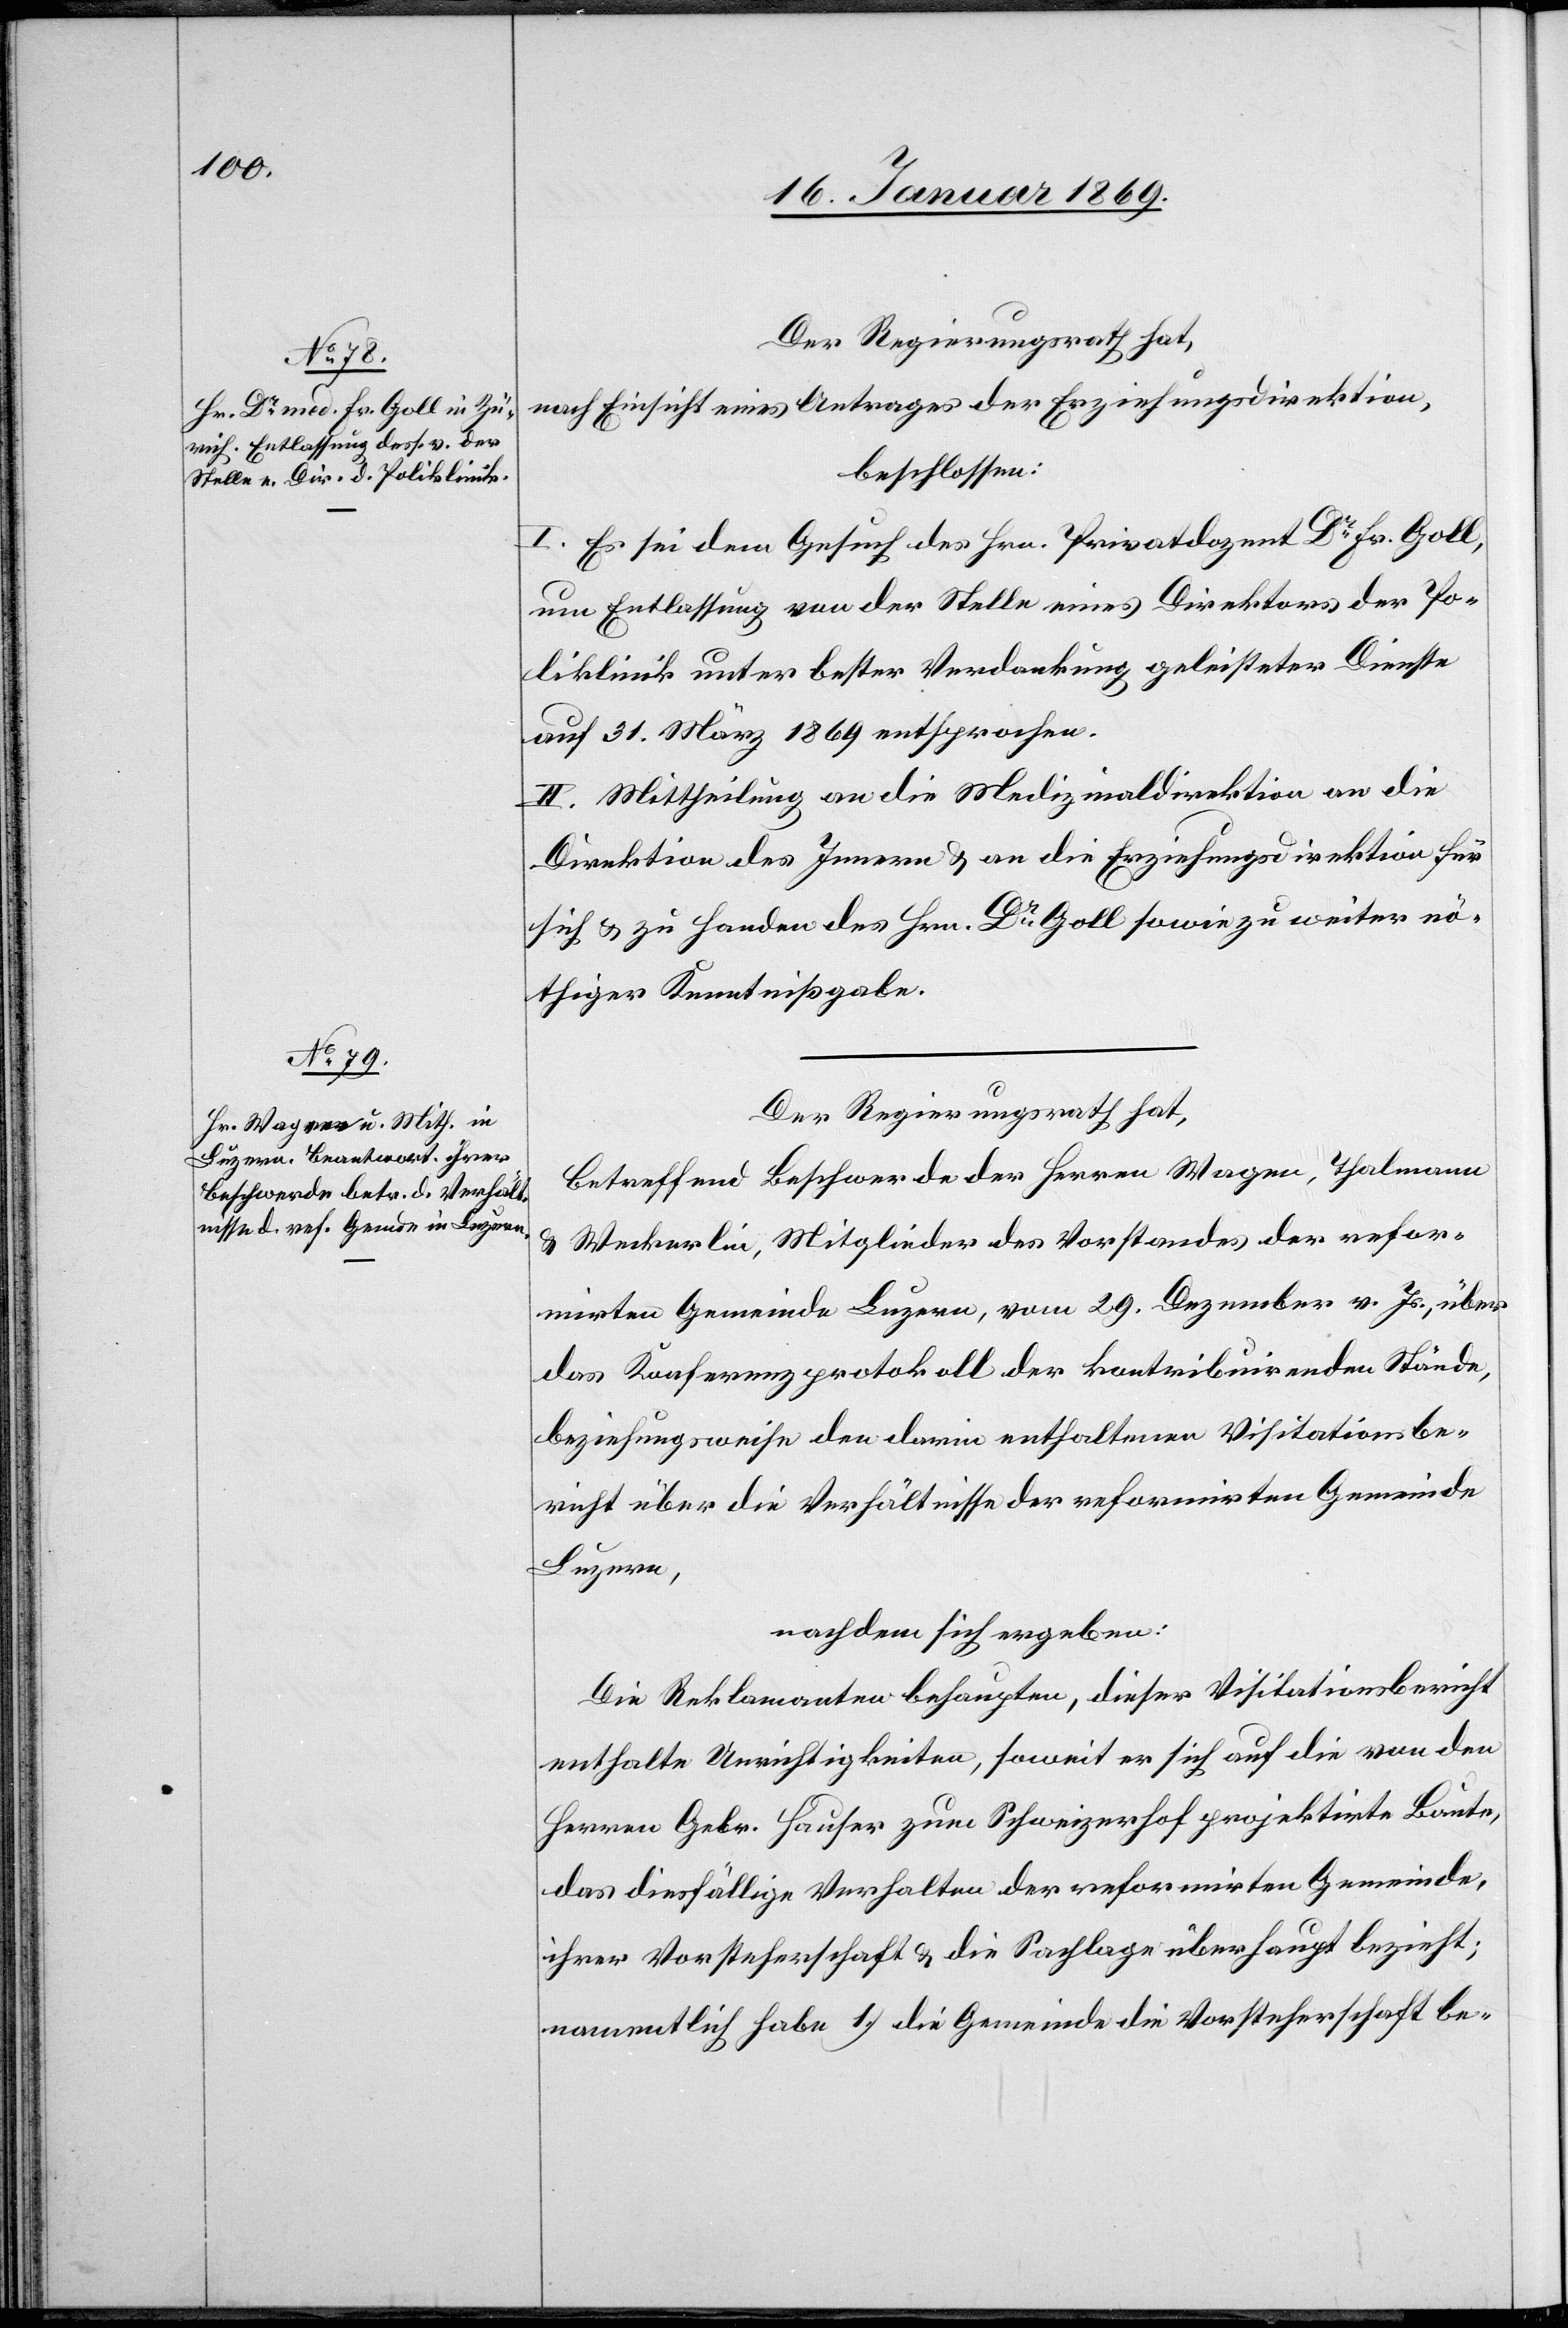
Der Regierungsrath,
nach Einsicht eines Antrages der Erziehungsdirektion,
beschlossen:
I. Es sei dem Gesuch des Hrn. Privatdozent Dr Fr. Goll,
um Entlassung von der Stelle eines Direktors der Po¬
liklinik unter bester Verdankung geleisteter Dienste
auf 31. März 1869 entsprochen.
II. Mittheilung an die Medizinaldirektion an die
Direktion des Innern u. an die Erziehungsdirektion für
sich u. zu Handen des Hrn. Dr Goll sowie zu weiter nö¬
thiger Kenntnißgabe.
betreffend Beschwerde der Herren Wagen, Thalmann
u. Weckerlin, Mitglieder des Vorstandes der refor¬
mirten Gemeinde Luzern, vom 29. Dezember v. Js., über
das Konferenzprotokoll der kontribuirenden Stände,
beziehungsweise den darin enthaltenen Visitationsbe¬
richt über die Verhältnisse der reformirten Gemeinde
Luzern,
nachdem sich ergeben:
Die Reklamanten behaupten, dieser Visitationsbericht
enthalte Unrichtigkeiten, soweit er sich auf die von den
Herren Gebr. Hauser zum Schweizerhof projektirte Baute,
das diesfällige Verhalten der reformirten Gemeinde,
ihrer Vorsteherschaft u. die Sachlage überhaupt bezieht;
namentlich habe 1.) die Gemeinde die Vorsteherschaft be-